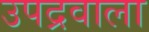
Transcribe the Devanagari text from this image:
उपद्रवाला